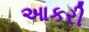
આકરી